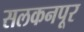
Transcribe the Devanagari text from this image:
सलकनपूर